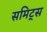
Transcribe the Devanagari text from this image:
समिट्स